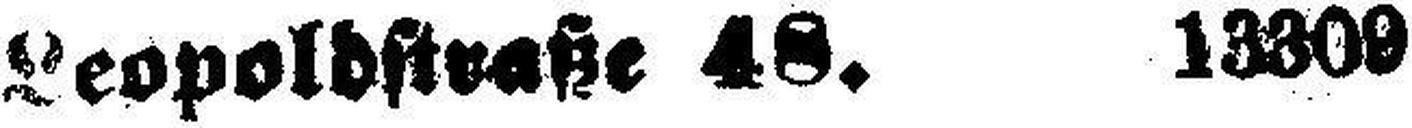
Leopoldstraße 48. 13309